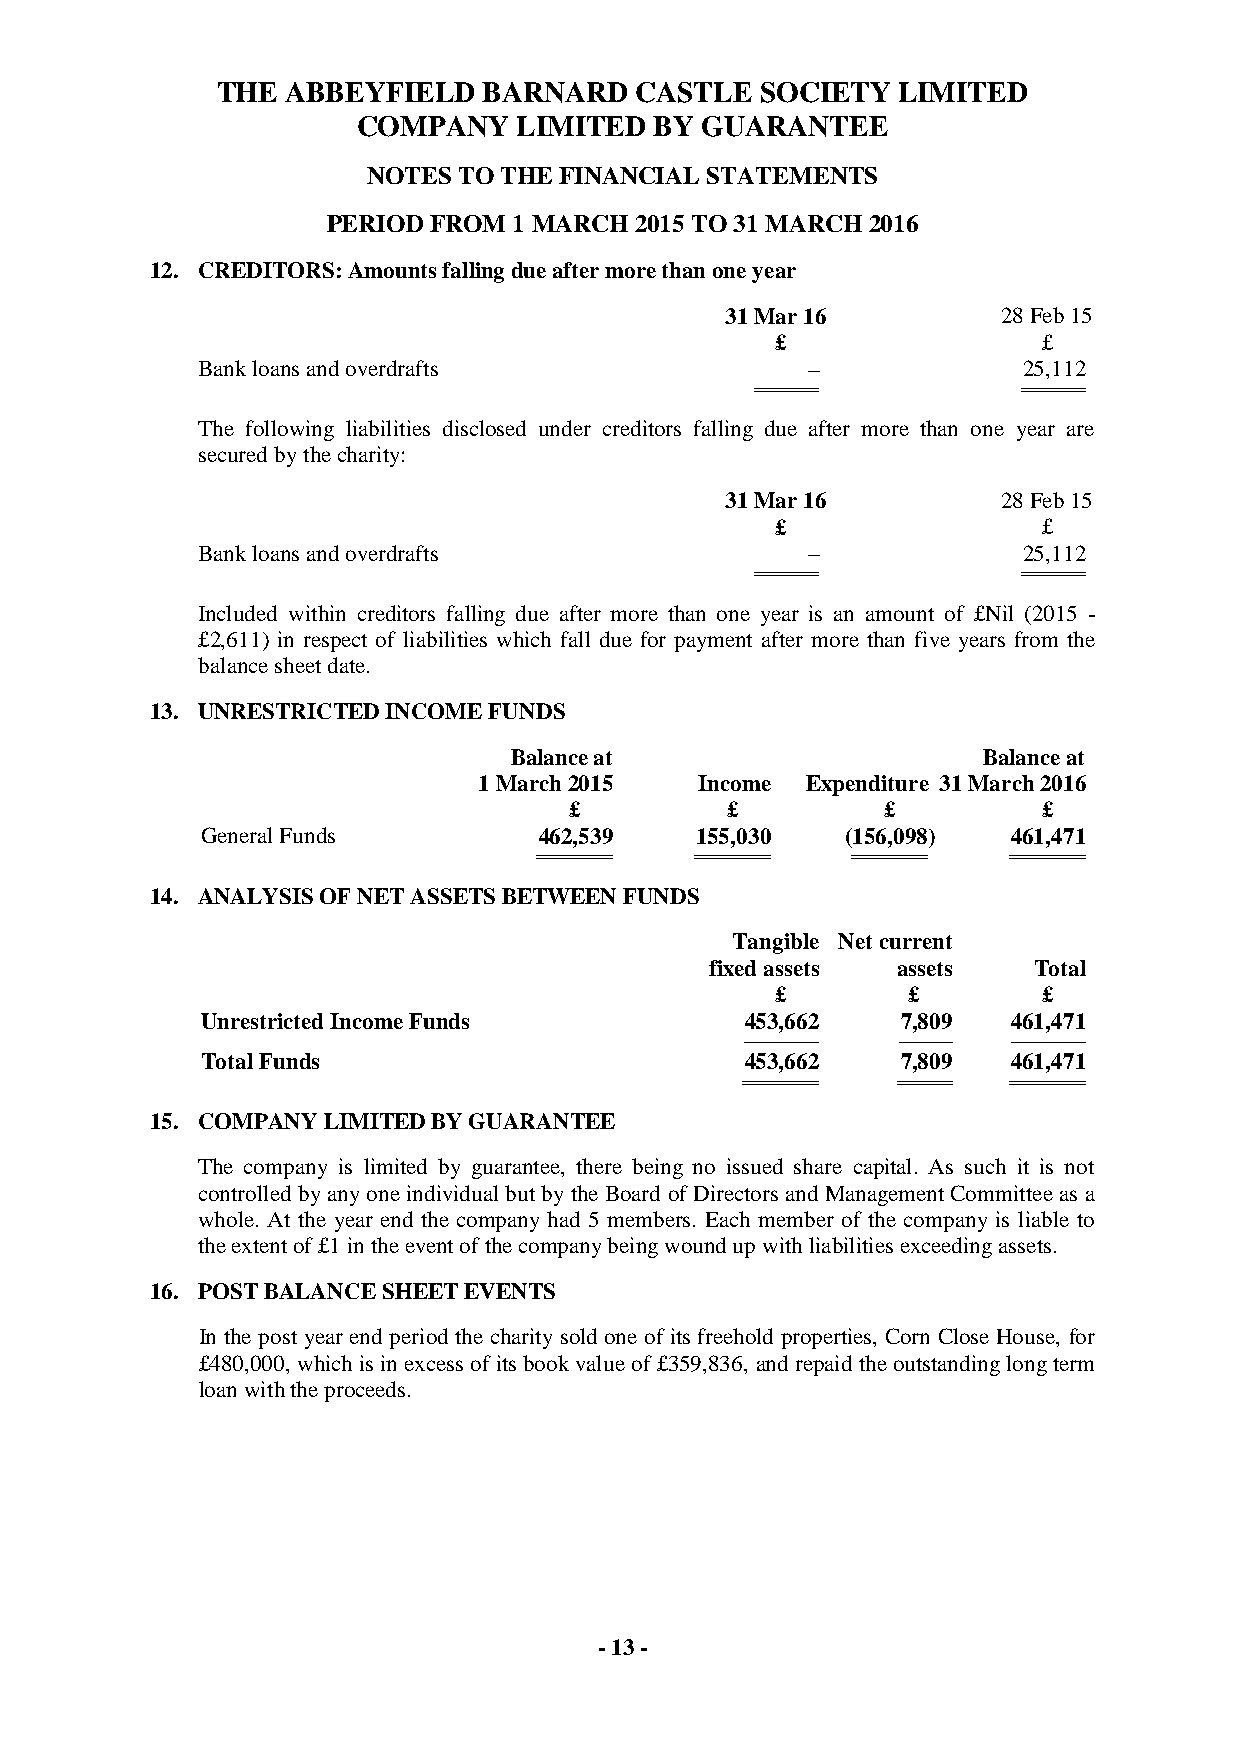
THE  ABBEYFIELD   BARNARD   CASTLE  SOCIETY  LIMITED
 COMPANY   LIMITED  BY GUARANTEE
 NOTES TO THE FINANCIAL STATEMENTS
 PERIOD FROM 1 MARCH 2015 TO 31 MARCH 2016
 12. CREDITORS: Amounts falling due after more than one year
 31 Mar 16         28 Feb 15
 £                 £
 Bank loans and overdrafts               –              25,112
 =============================== ===============================
 The following liabilities disclosed under creditors falling due after more than one year are
 secured by the charity:
 31 Mar 16         28 Feb 15
 £                 £
 Bank loans and overdrafts               –              25,112
 =============================== ===============================
 Included within creditors falling due after more than one year is an amount of £Nil (2015 -
 £2,611) in respect of liabilities which fall due for payment after more than five years from the
 balance sheet date.
 13. UNRESTRICTED INCOME FUNDS
 Balance at                     Balance at
 1 March 2015  Income Expenditure 31 March 2016
 £         £         £          £
 General Funds          462,539   155,030   (156,098)  461,471
 ===================================== ===================================== ===================================== =====================================
 14. ANALYSIS OF NET ASSETS BETWEEN FUNDS
 Tangible Net current
 fixed assets assets  Total
 £        £        £
 Unrestricted Income Funds           453,662    7,809  461,471
 ------------------------------------- -------------------------- -------------------------------------
 Total Funds                         453,662    7,809  461,471
 ===================================== ========================== =====================================
 15. COMPANY LIMITED BY GUARANTEE
 The company is limited by guarantee, there being no issued share capital. As such it is not
 controlled by any one individual but by the Board of Directors and Management Committee as a
 whole. At the year end the company had 5 members. Each member of the company is liable to
 the extent of £1 in the event of the company being wound up with liabilities exceeding assets.
 16. POST BALANCE SHEET EVENTS
 In the post year end period the charity sold one of its freehold properties, Corn Close House, for
 £480,000, which is in excess of its book value of £359,836, and repaid the outstanding long term
 loan with the proceeds.
 - 13 -